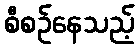
စီစဉ်နေသည့်